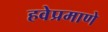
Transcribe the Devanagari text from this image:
हवेप्रमाणे